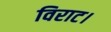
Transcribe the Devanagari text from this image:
विराट।